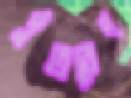
পুঁতবেন